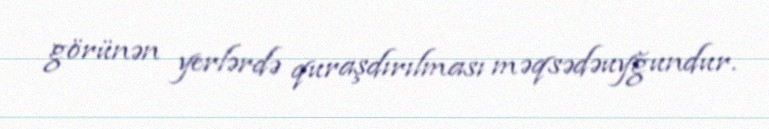
görünən yerlərdə quraşdırılması məqsədəuyğundur.